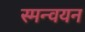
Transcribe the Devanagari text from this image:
स्मन्वयन